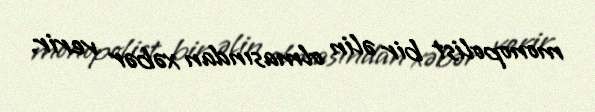
monopolist bir əlin olmasından xəbər verir.